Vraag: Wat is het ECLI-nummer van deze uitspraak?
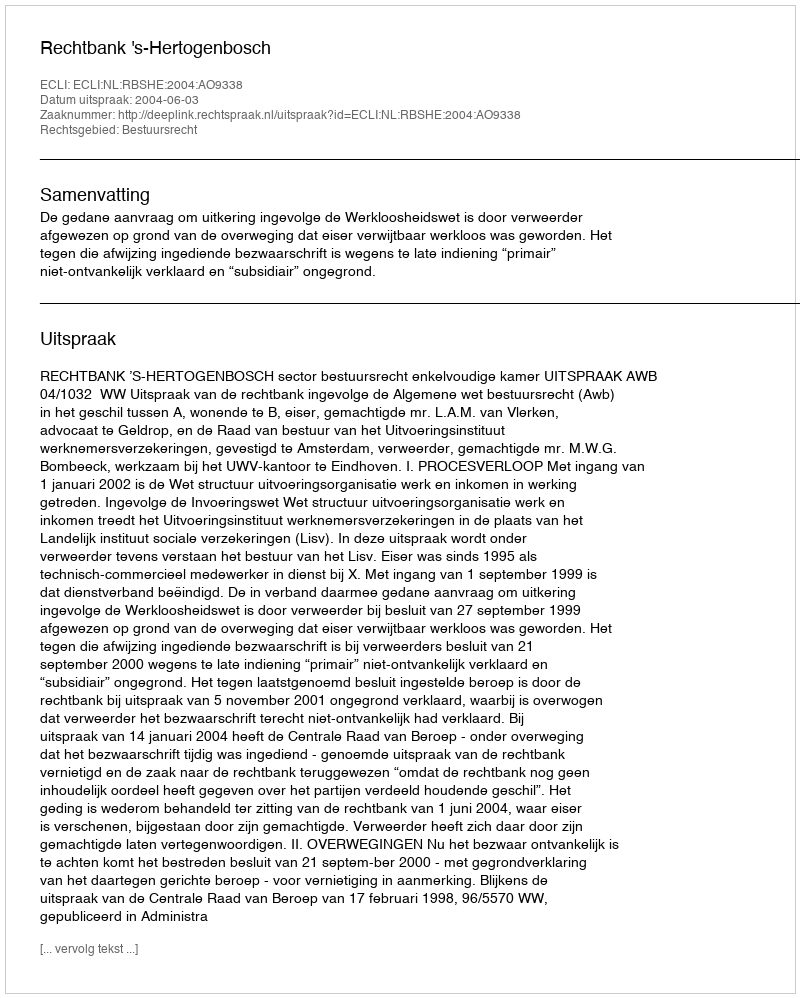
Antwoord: ECLI:NL:RBSHE:2004:AO9338